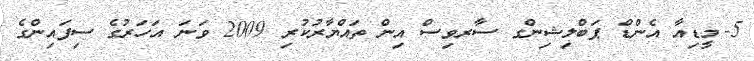
5-	މީޑިއާ އެންޑް ޕަބްލިޝިންގ ސާރވިސް އިން ތައްޔާރުކުރި 2009 ވަނަ އަހަރުގެ ސިފައިންގެ